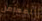
المعامل